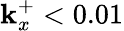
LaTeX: \mathbf{k}_{x}^{+}<0.01